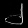
Digit: ၂